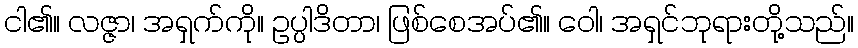
ငါ၏။ လဇ္ဇာ၊ အရှက်ကို။ ဥပ္ပါဒိတာ၊ ဖြစ်စေအပ်၏။ ဝေါ၊ အရှင်ဘုရားတို့သည်။